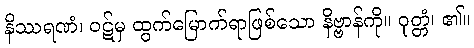
နိဿရဏံ၊ ဝဋ်မှ ထွက်မြောက်ရာဖြစ်သော နိဗ္ဗာန်ကို။ ဝုတ္တံ၊ ၏။